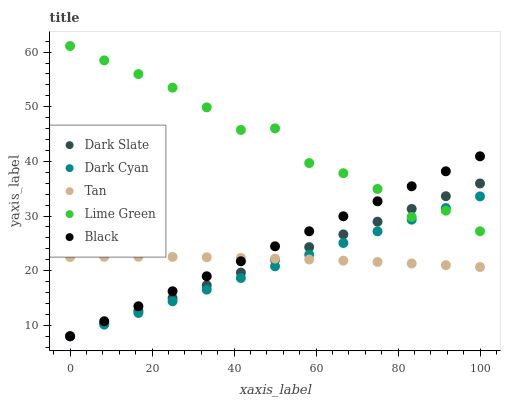
| xaxis_label | Dark Slate | Dark Cyan | Tan | Lime Green | Black |
 | --- | --- | --- | --- | --- | --- |
 | 0 | 8 | 8 | 22.5 | 61.1 | 8 |
 | 8.33 | 10.3 | 10.1 | 22.5 | 58.5 | 10.7 |
 | 16.7 | 12.7 | 12.3 | 22.5 | 56 | 13.5 |
 | 25 | 15 | 14.4 | 22.5 | 53.5 | 16.2 |
 | 33.3 | 17.3 | 16.5 | 22.4 | 49.9 | 19 |
 | 41.7 | 19.6 | 18.7 | 22.3 | 45.8 | 21.7 |
 | 50 | 22 | 20.8 | 22.2 | 46 | 24.5 |
 | 58.3 | 24.3 | 22.9 | 22 | 39.7 | 27.2 |
 | 66.7 | 26.6 | 25.1 | 21.8 | 37.8 | 30 |
 | 75 | 29 | 27.2 | 21.6 | 35 | 32.7 |
 | 83.3 | 31.3 | 29.3 | 21.3 | 29.8 | 35.4 |
 | 91.7 | 33.6 | 31.5 | 21 | 31 | 38.2 |
 | 100 | 36 | 33.6 | 20.7 | 27.2 | 40.9 |